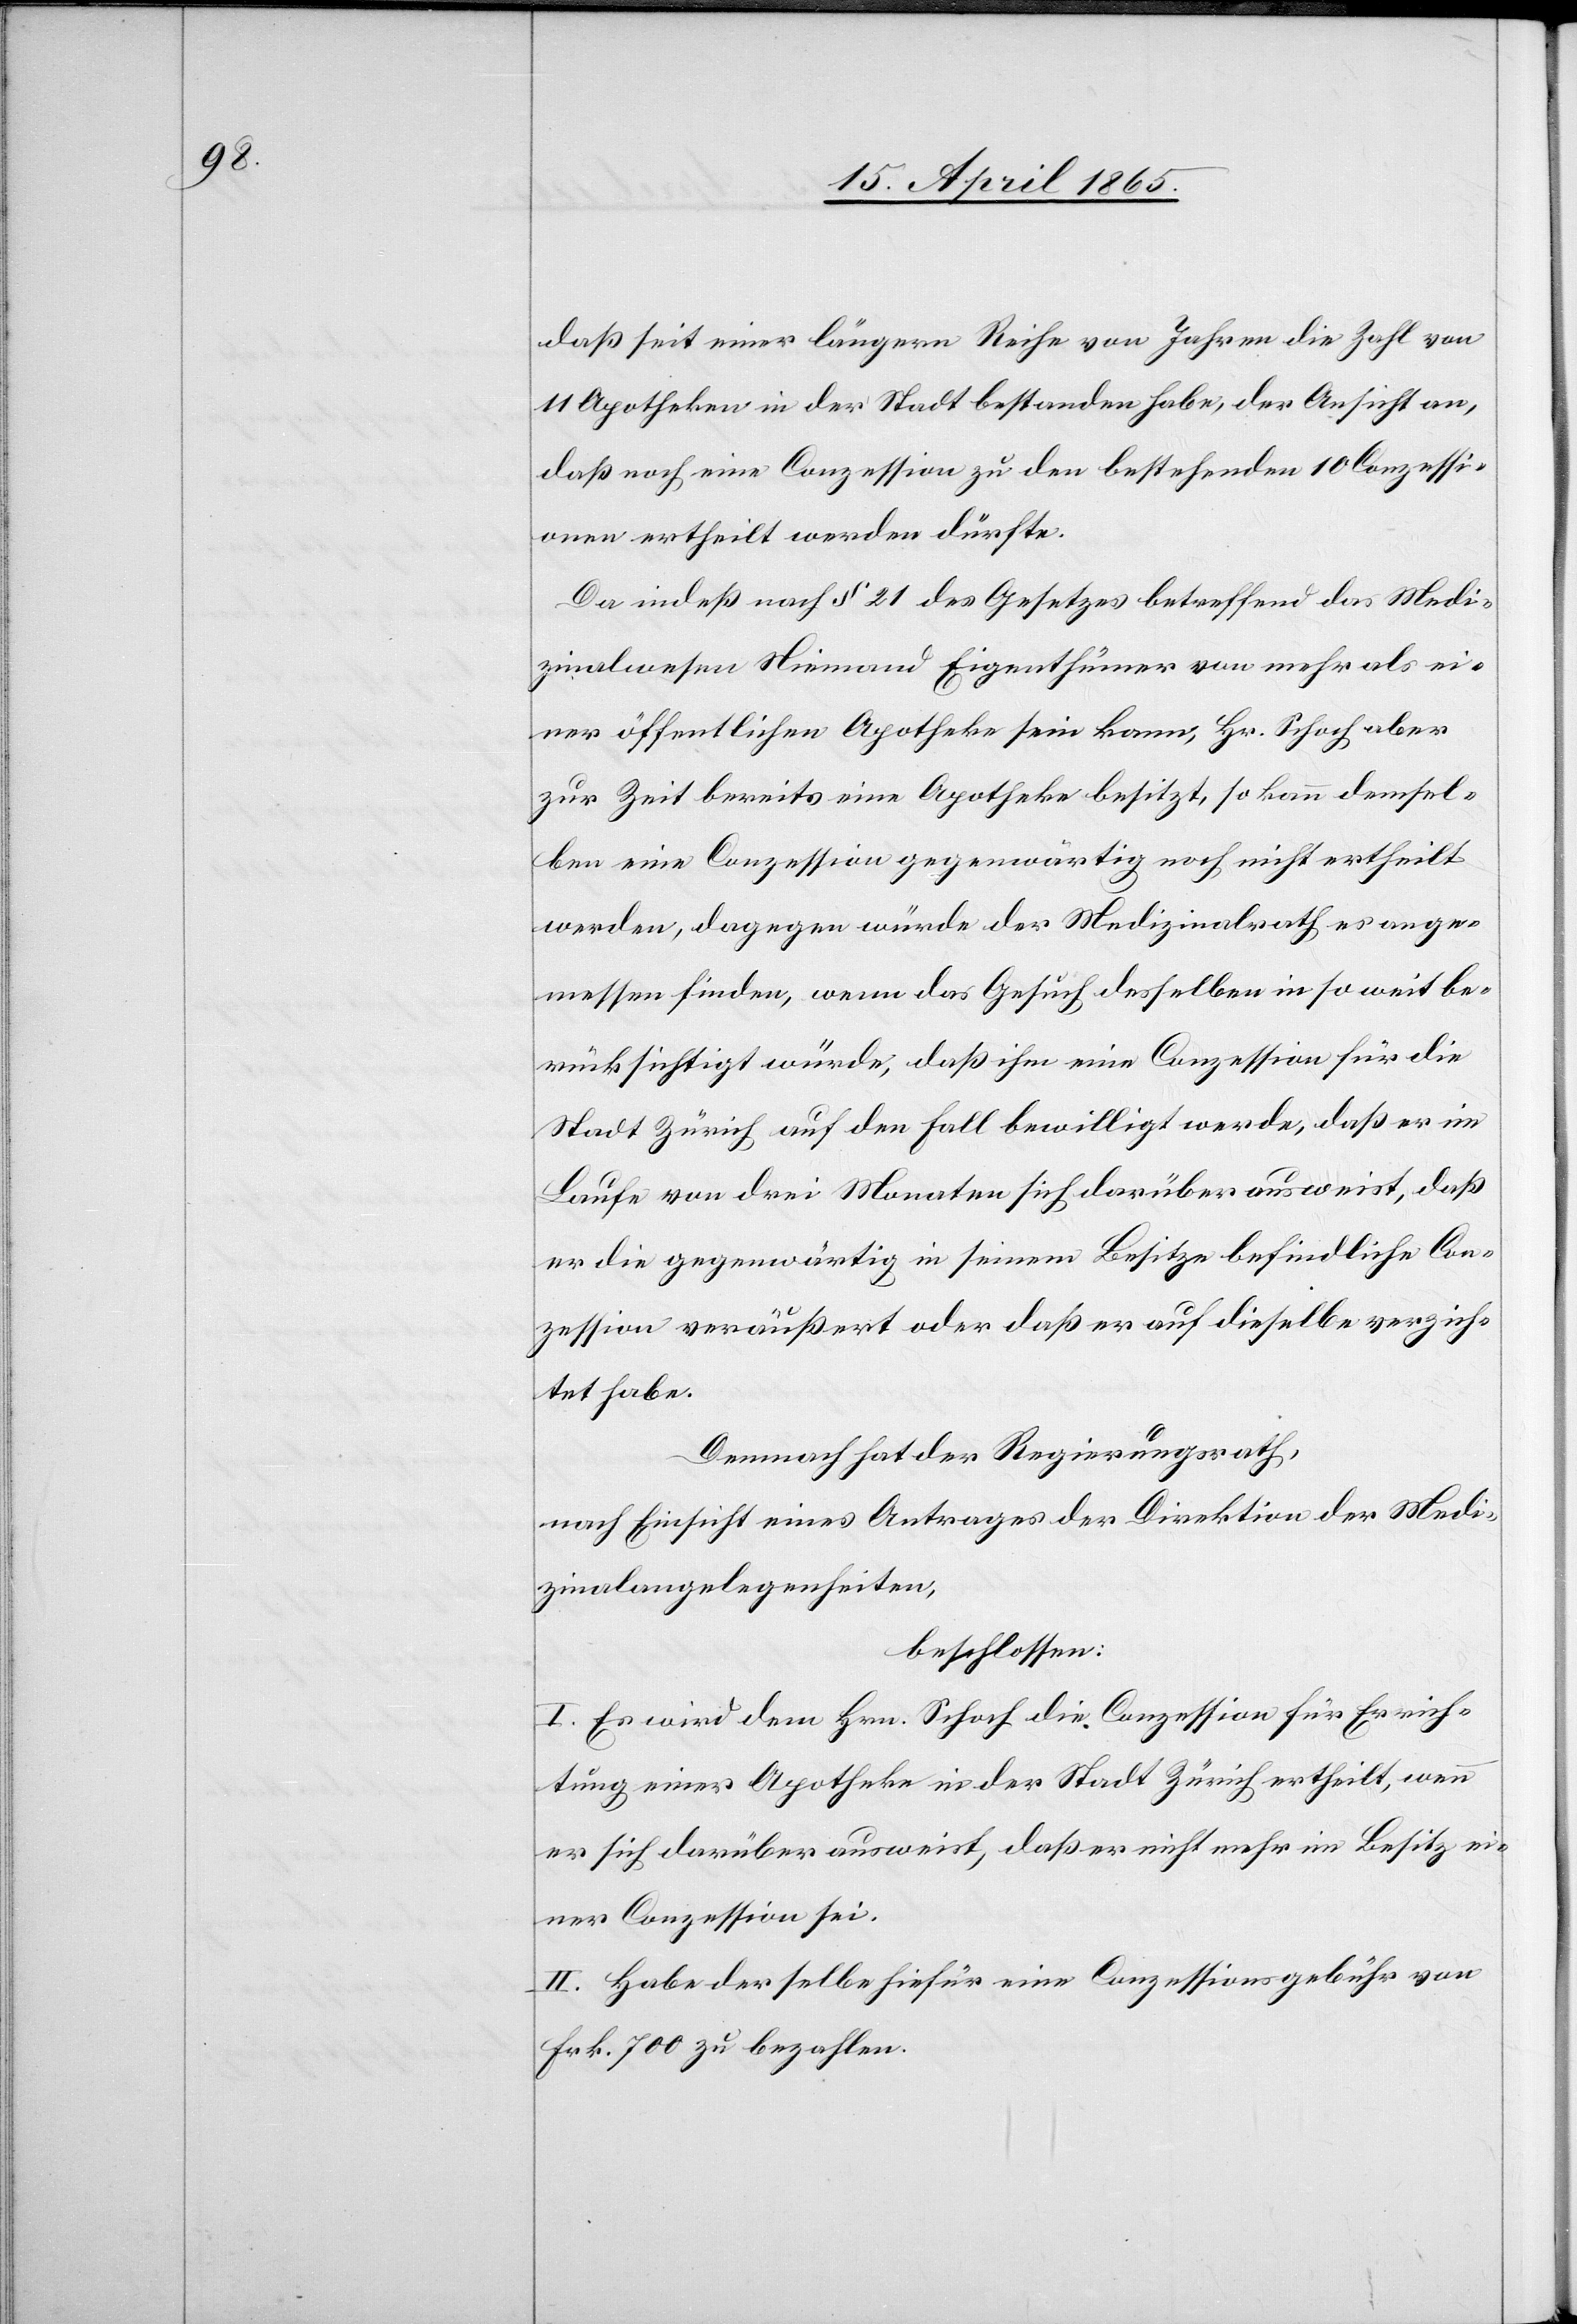
daß seit einer längern Reihe von Jahren die Zahl von
11 Apotheken in der Stadt bestanden habe, der Ansicht an,
daß noch eine Conzession zu den bestehenden 10 Conzessi¬
onen ertheilt werden dürfte.
Da indes nach § 21 des Gesetzes betreffend das Medi¬
zinalwesen Niemand Eigenthümer von mehr als ei¬
ner öffentlichen Apotheke sein kann, Hr. Schoch aber
zur Zeit bereits eine Apotheke besitzt, so kann demsel¬
ben eine Conzession gegenwärtig noch nicht ertheilt
werden, dagegen würde der Medizinalrath es ange¬
messen finden, wenn das Gesuch desselben in so weit be¬
rücksichtigt würde, daß ihm eine Conzession für die
Stadt Zürich auf den Fall bewilligt werde, daß er im
Laufe von drei Monaten sich darüber ausweist, daß
er die gegenwärtig in seinem Besitze befindliche Con¬
zession veräußert oder daß er auf dieselbe verzich¬
tet habe.
Demnach hat der Regierungsrath,
nach Einsicht eines Antrages der Direktion der Medi¬
zinalangelegenheiten,
beschlossen:
I. Es wird dem Hrn. Schoch die Conzession für Errich¬
tung einer Apotheke in der Stadt Zürich ertheilt, wenn
er sich darüber ausweist, daß er nicht mehr im Besitz ei¬
ner Conzession sei.
II. Habe der selbe hiefür eine Conzessionsgebühr von
Frk. 700 zu bezahlen.